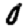
Digit: 0